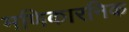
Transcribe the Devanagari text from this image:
मणिकारनिक